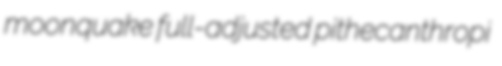
moonquake full-adjusted pithecanthropi